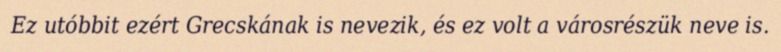
Ez utóbbit ezért Grecskának is nevezik, és ez volt a városrészük neve is.